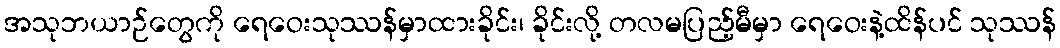
အသုဘယာဉ်တွေကို ရေဝေးသုဿန်မှာထားခိုင်း၊ ခိုင်းလို့ တလမပြည့်မီမှာ ရေဝေးနဲ့ထိန်ပင် သုဿန်